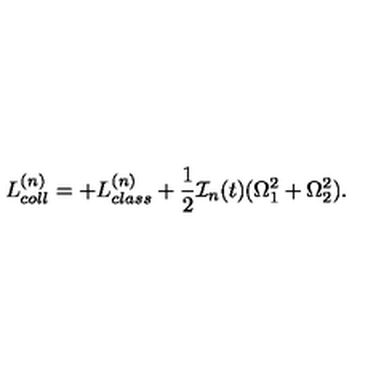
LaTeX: L _ { c o l l } ^ { ( n ) } = + L _ { c l a s s } ^ { ( n ) } + \frac { 1 } { 2 } { \cal I } _ { n } ( t ) ( \Omega _ { 1 } ^ { 2 } + \Omega _ { 2 } ^ { 2 } ) .